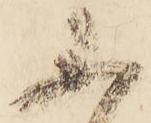
不